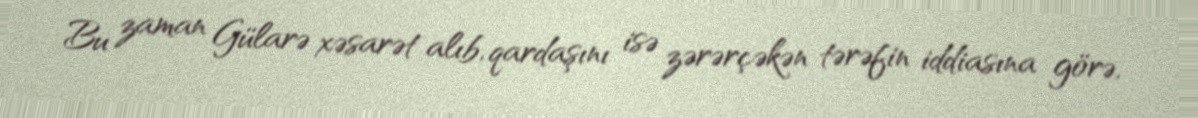
Bu zaman Gülarə xəsarət alıb, qardaşını isə zərərçəkən tərəfin iddiasına görə,